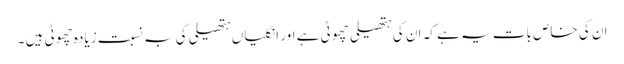
ان کی خاص بات یہ ہے کہ ان کی ہتھیلی چھوٹی ہے اور انگلیاں ہتھیلی کی بہ نسبت زیادہ چھوٹی ہیں ۔